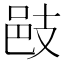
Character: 𢻌